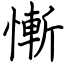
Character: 慚